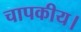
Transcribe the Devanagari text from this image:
चापकीय।